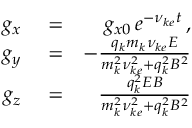
\begin{array} { r l r } { g _ { x } } & { { } = } & { g _ { x 0 } \, e ^ { - \nu _ { k e } t } \, , } \\ { g _ { y } } & { { } = } & { - \frac { q _ { k } m _ { k } \nu _ { k e } E } { m _ { k } ^ { 2 } \nu _ { k e } ^ { 2 } + q _ { k } ^ { 2 } B ^ { 2 } } } \\ { g _ { z } } & { { } = } & { \frac { q _ { k } ^ { 2 } E B } { m _ { k } ^ { 2 } \nu _ { k e } ^ { 2 } + q _ { k } ^ { 2 } B ^ { 2 } } } \end{array}